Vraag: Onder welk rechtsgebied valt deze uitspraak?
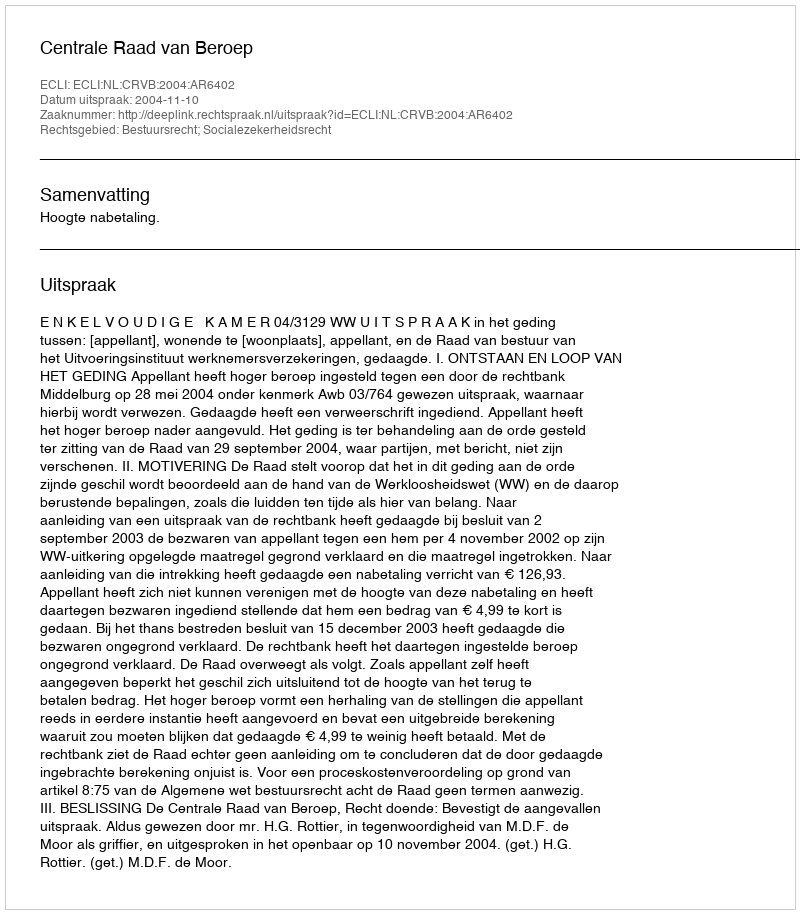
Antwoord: Bestuursrecht; Socialezekerheidsrecht